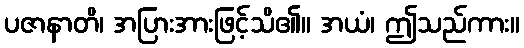
ပဇာနာတိ၊ အပြားအားဖြင့်သိ၏။ အယံ၊ ဤသည်ကား။